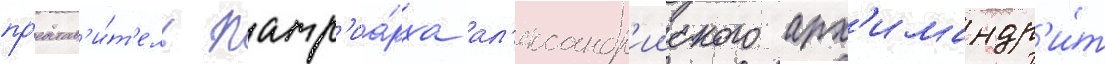
пр'едстав'и́т'ель патр'иа́рха ал'ександр'ииского арх'имандр'и́т